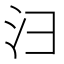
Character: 𪫆